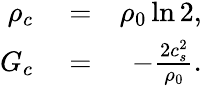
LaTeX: \begin{array}{rlr}{\rho_{c}}&{{}=}&{\rho_{0}\ln 2,}\\ {G_{c}}&{{}=}&{-\frac{2c_{s}^{2}}{\rho_{0}}.}\end{array}